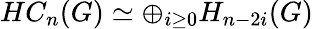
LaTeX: HC_{n}(G)\simeq\oplus_{i\geq 0}H_{n-2i}(G)